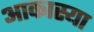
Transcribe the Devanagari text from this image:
आकास्या